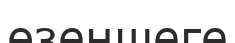
өзеншеге